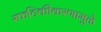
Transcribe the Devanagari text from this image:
स्फटिकीकरणामुळे